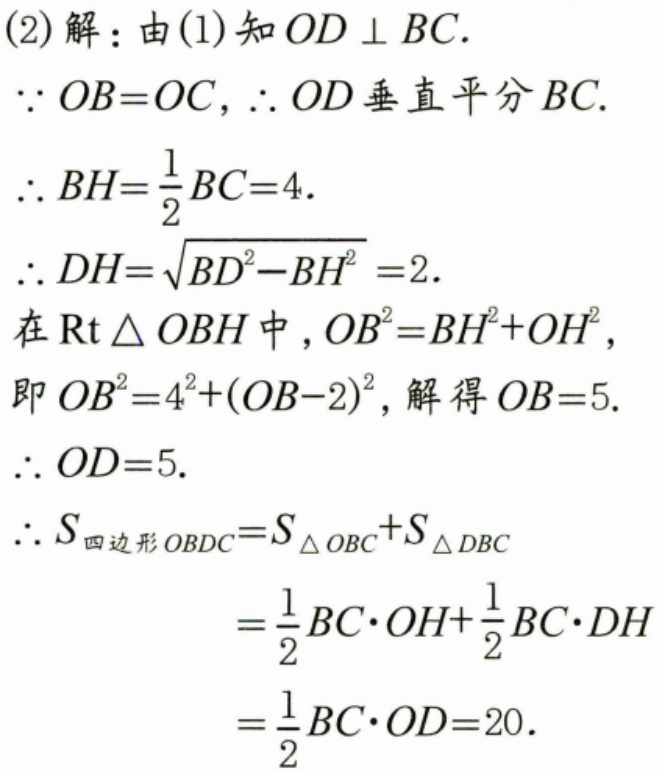
(2)解：由(1)知 \(OD\perp BC\).
\(\because OB = OC,\therefore OD\) 垂直平分 \(BC\).
\(\therefore BH=\frac{1}{2}BC = 4.\)
\(\therefore DH=\sqrt{BD^{2}-BH^{2}} = 2.\)
在 \(\text{Rt}\triangle OBH\) 中，\(OB^{2}=BH^{2}+OH^{2}\)，
即 \(OB^{2}=4^{2}+(OB - 2)^{2}\)，解得 \(OB = 5.\)
\(\therefore OD = 5.\)
\(\therefore S_{四边形OBDC}=S_{\triangle OBC}+S_{\triangle DBC}\)
\(=\frac{1}{2}BC\cdot OH+\frac{1}{2}BC\cdot DH\)
\(=\frac{1}{2}BC\cdot OD = 20.\)